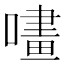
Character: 㗲